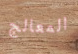
المعالج